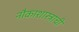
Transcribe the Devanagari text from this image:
नौकाशास्त्राची